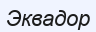
Эквадор